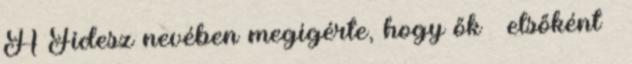
A Fidesz nevében megígérte, hogy ők – elsőként –